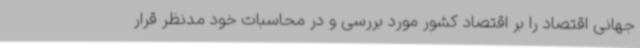
جهانی اقتصاد را بر اقتصاد کشور مورد بررسی و در محاسبات خود مدنظر قرار